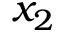
x _ { 2 }